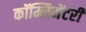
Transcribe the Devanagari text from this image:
कॉम्लिमेंटरी